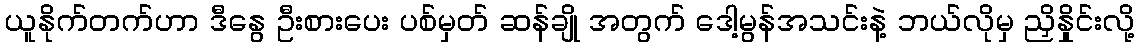
ယူနိုက်တက်ဟာ ဒီနွေ ဦးစားပေး ပစ်မှတ် ဆန်ချို အတွက် ဒေါ့မွန်အသင်းနဲ့ ဘယ်လိုမှ ညှိနှိုင်းလို့